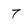
Character: 7